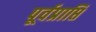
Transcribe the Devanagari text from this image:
पूर्वप्राप्ति